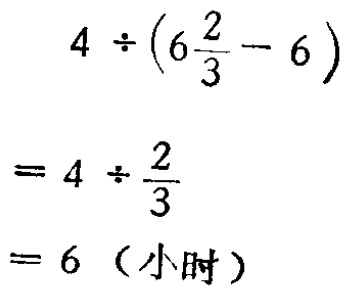
\[

\begin{align*}

&4\div\left(6\frac{2}{3}-6\right)\\

=&4\div\frac{2}{3}\\

=&6（小时）

\end{align*}

\]